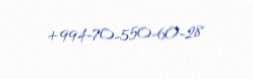
+994-70-550-60-28